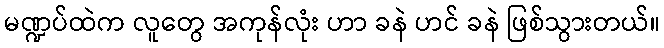
မဏ္ဍပ်ထဲက လူတွေ အကုန်လုံး ဟာ ခနဲ ဟင် ခနဲ ဖြစ်သွားတယ်။